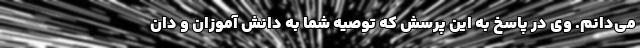
می‌دانم. وی در پاسخ به این پرسش که توصیه شما به دانش آموزان و دان